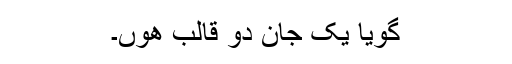
گویا یک جان دو قالب ھوں۔